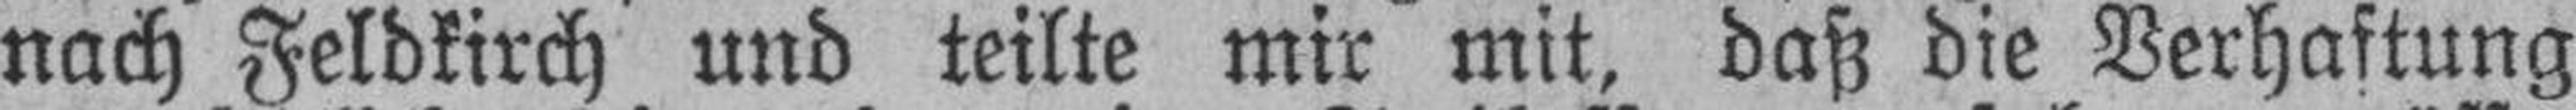
nach Feldkirch und teilte mir mit, daß die Verhaftung